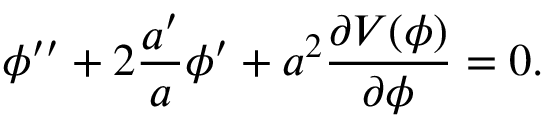
\phi ^ { \prime \prime } + 2 { \frac { a ^ { \prime } } { a } } \phi ^ { \prime } + a ^ { 2 } { \frac { \partial V ( \phi ) } { \partial \phi } } = 0 .